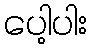
ပေါ့ပါး